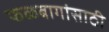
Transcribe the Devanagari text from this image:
फळबागांसाठी